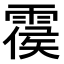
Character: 𩃺